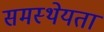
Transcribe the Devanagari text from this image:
समस्थेयता